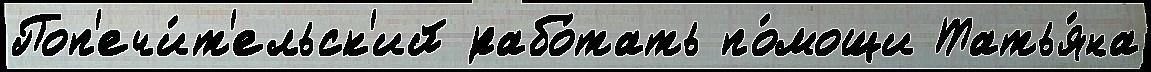
Поп'ечи́т'ельск'ий рабо́тать по́мощи Татья́на